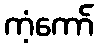
ကံ့ကော်